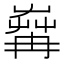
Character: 𦱶